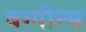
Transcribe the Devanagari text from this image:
बग्गीन्स